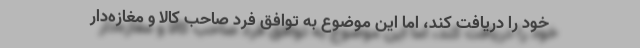
خود را دریافت کند، اما این موضوع به توافق فرد صاحب کالا و مغازه‌دار